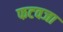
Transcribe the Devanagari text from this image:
फटवजा